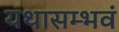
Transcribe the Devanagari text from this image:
यथासम्भवं